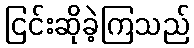
ငြင်းဆိုခဲ့ကြသည်